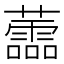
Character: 蘦